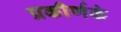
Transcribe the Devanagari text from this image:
प्रकीर्णकं